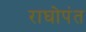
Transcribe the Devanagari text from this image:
राघोपंत